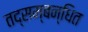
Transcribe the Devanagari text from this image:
तद्सम्बन्धित